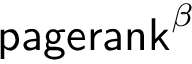
\mathsf { p a g e r a n k } ^ { \beta }